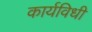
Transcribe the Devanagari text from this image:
कार्यविधी